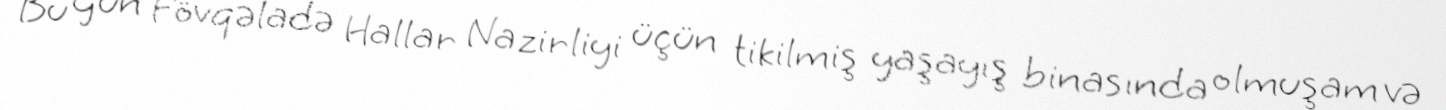
Bu gün Fövqəladə Hallar Nazirliyi üçün tikilmiş yaşayış binasında olmuşam və